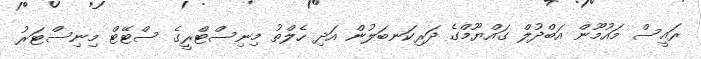
ރައީސް މައުމޫން އަބްދުލް ގައްޔޫމްގެ ދަރިކަނބަލުން އަދި ހެލްތު މިނިސްޓްރީގެ ސްޓޭޓް މިނިސްޓަރު